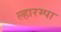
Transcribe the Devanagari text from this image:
ल्हारम्पा